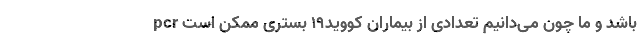
باشد و ما چون می‌دانیم تعدادی از بیماران کووید۱۹ بستری ممکن است pcr